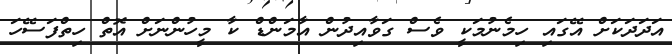
އަދަދަކަށް އޭގައި ހިމެނުމަކީ ވެސް ގަވާއިދުން އާމަންޑް ކާ މީހުންނަށް އޮތް ހިތްފަސޭހަ